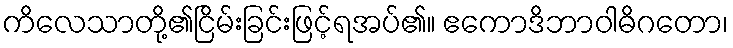
ကိလေသာတို့၏ငြိမ်းခြင်းဖြင့်ရအပ်၏။ ဧကောဒိဘာဝါဓိဂတော၊